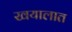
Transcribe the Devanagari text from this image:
खयालात